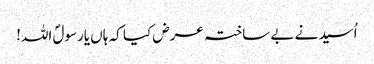
اُسید نے بے ساختہ عرض کیا کہ ہاں یارسولؐ اللہ!